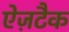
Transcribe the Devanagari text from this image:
ऐज़टैक